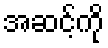
အဆင့်ကို